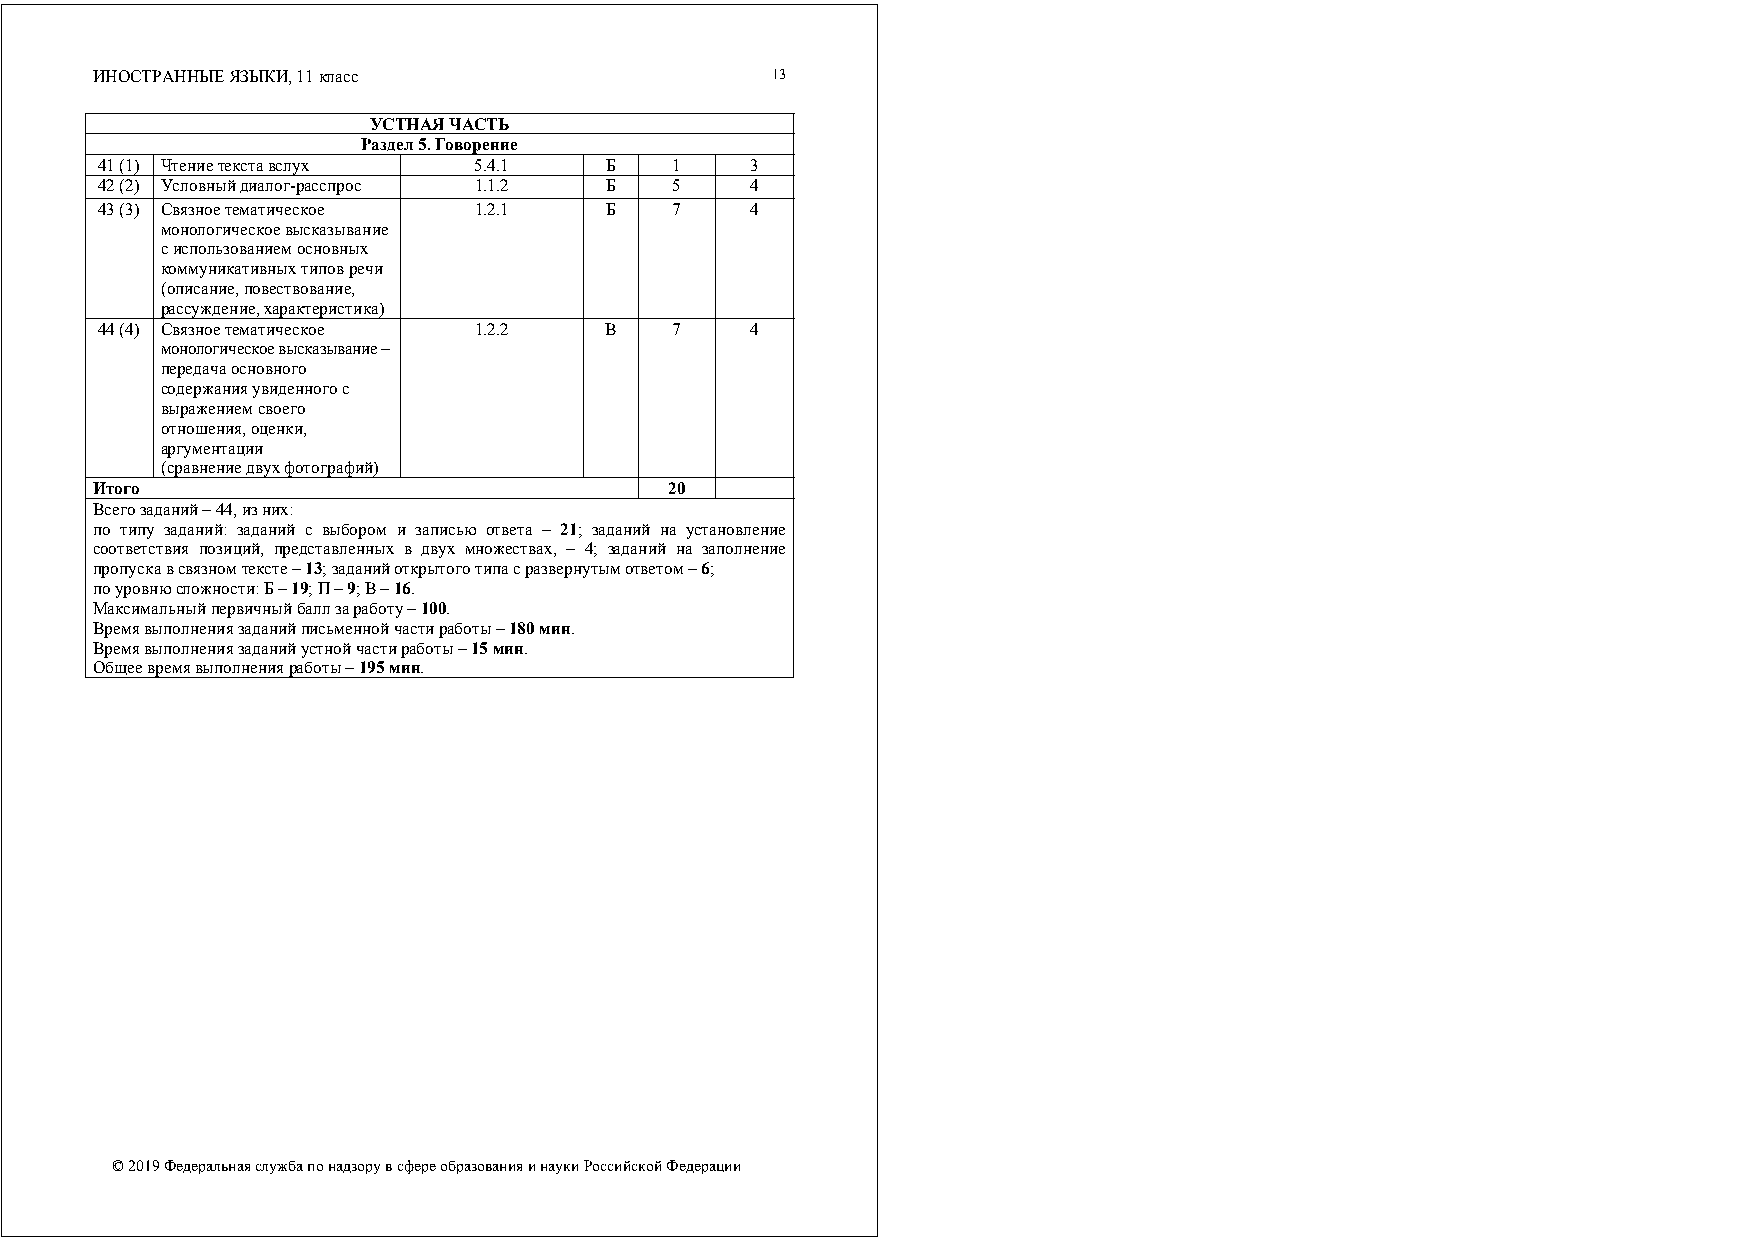
ИНОСТРАННЫЕ ЯЗЫКИ, 11 класс                  13
 УСТНАЯ ЧАСТЬ
 Раздел 5. Говорение
 41 (1) Чтение текста вслух 5.4.1  Б    1    3
 42 (2) Условный диалог-расспрос 1.1.2 Б 5   4
 43 (3) Связное тематическое 1.2.1 Б    7    4
 монологическое высказывание
 с использованием основных
 коммуникативных типов речи
 (описание, повествование,
 рассуждение, характеристика)
 44 (4) Связное тематическое 1.2.2 В    7    4
 монологическое высказывание –
 передача основного
 содержания увиденного с
 выражением своего
 отношения, оценки,
 аргументации
 (сравнение двух фотографий)
 Итого                                 20
 Всего заданий – 44, из них:
 по типу заданий: заданий с выбором и записью ответа – 21; заданий на установление
 соответствия позиций, представленных в двух множествах, – 4; заданий на заполнение
 пропуска в связном тексте – 13; заданий открытого типа с развернутым ответом – 6;
 по уровню сложности: Б – 19; П – 9; В – 16.
 Максимальный первичный балл за работу – 100.
 Время выполнения заданий письменной части работы – 180 мин.
 Время выполнения заданий устной части работы – 15 мин.
 Общее время выполнения работы – 195 мин.
 © 2019 Федеральная служба по надзору в сфере образования и науки Российской Федерации